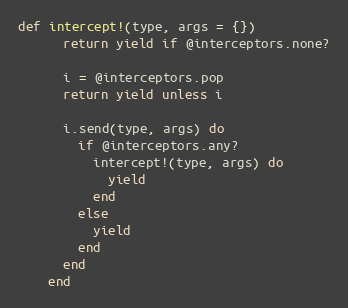
Language: Ruby
def intercept!(type, args = {})
      return yield if @interceptors.none?

      i = @interceptors.pop
      return yield unless i

      i.send(type, args) do
        if @interceptors.any?
          intercept!(type, args) do
            yield
          end
        else
          yield
        end
      end
    end